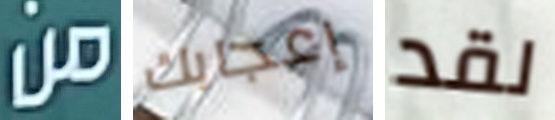
من إعجابك لقد